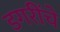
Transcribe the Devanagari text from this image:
डगरींचे